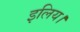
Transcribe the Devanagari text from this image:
इलिय।